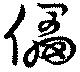
儡